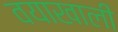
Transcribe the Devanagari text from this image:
वयाखाली